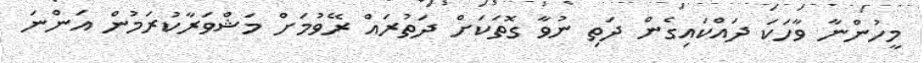
މީހުންނާ ވާހަކަ ދައްކައިގެން ދަތި ނުވާ ގޮތަކަށް ދަތުރައް ރޭވުމަށް މަޝްވަރާކުރަމުން އަންނަ